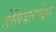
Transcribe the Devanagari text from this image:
डेसिबलपेक्षा